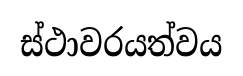
ස්ථාවරයත්වය